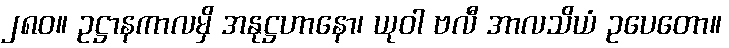
၂၈၀။ ဥဋ္ဌာနကာလမှိ အနုဋ္ဌဟာနော၊ ယုဝါ ဗလီ အာလသိယံ ဥပေတော။